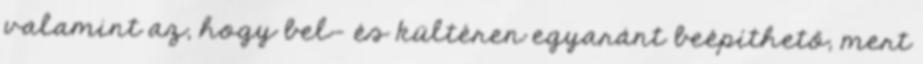
valamint az, hogy bel- és kültéren egyaránt beépíthető, mert